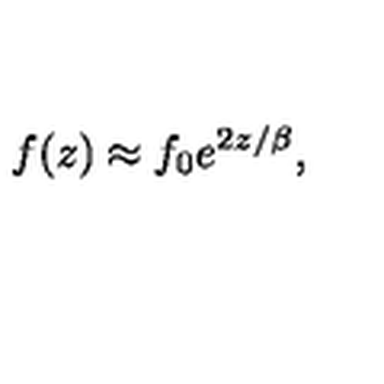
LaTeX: f ( z ) \approx f _ { 0 } e ^ { 2 z / \beta } ,